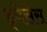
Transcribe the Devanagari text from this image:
ड्वेसेस